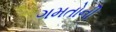
ગમતોની